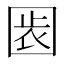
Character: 𡇴